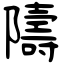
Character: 隯